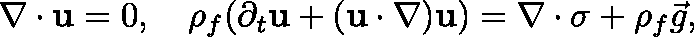
\nabla \cdot \mathbf { u } = 0 , \quad \rho _ { f } ( \partial _ { t } \mathbf { u } + ( \mathbf { u } \cdot \nabla ) \mathbf { u } ) = \nabla \cdot \mathbf { \sigma } + \rho _ { f } \vec { g } ,